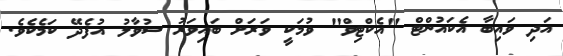
އަދި ވައިބާ އެކައުންޓް "އެކްޓިވް" ވުމަކީ ވަރަށް ބައިވަރު ސުވާލު އުފެދޭ ކަމެކެވެ.